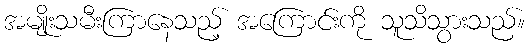
အမျိုးသမီးကြာနေသည့် အကြောင်းကို သူသိသွားသည်။